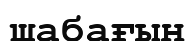
шабағын